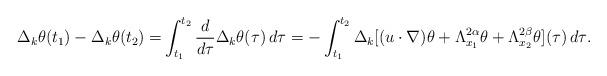
LaTeX: \begin{align*}\Delta_{k}\theta(t_{1})-\Delta_{k}\theta(t_{2}) =&\int_{t_{1}}^{t_{2}}{\frac{d}{d\tau}\Delta_{k}\theta(\tau)\,d\tau} = -\int_{t_{1}}^{t_{2}}{ \Delta_{k} [(u\cdot\nabla)\theta+ \Lambda_{x_{1}}^{2\alpha} \theta +\Lambda_{x_{2}}^{2\beta} \theta](\tau)\,d\tau}.\end{align*}